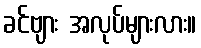
ခင်ဗျား အလုပ်များလား။